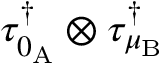
\tau _ { 0 _ { \mathrm { A } } } ^ { \dagger } \otimes \tau _ { \mu _ { \mathrm { B } } } ^ { \dagger }